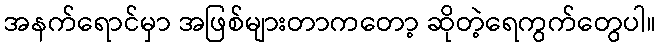
အနက်ရောင်မှာ အဖြစ်များတာကတော့ ဆိုတဲ့ရေကွက်တွေပါ။